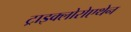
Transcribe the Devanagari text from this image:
ट्राइक्लोरोएथेन